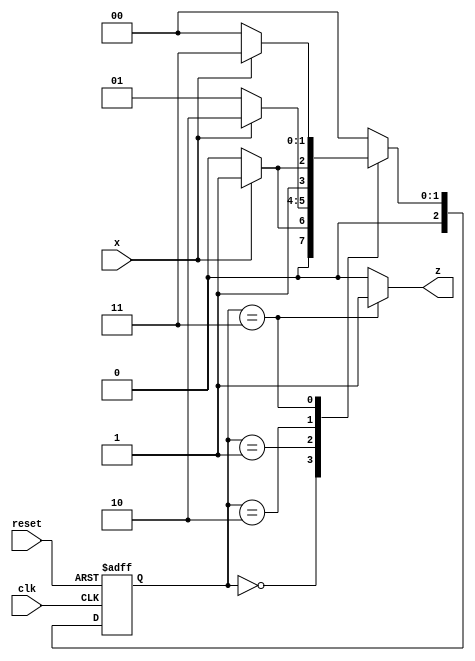
// Code your design here
module seq_detector(
input x,clk,reset,
output reg z
);

parameter S0 = 0 , S1 = 1 , S2 = 2 , S3 = 3 ;
reg [2:0] PS,NS ;

always @(posedge clk or posedge reset)
    begin
        if(reset)
            PS <= S0;   
        else    
            PS <= NS ; 
    end
always @(PS, x)
begin          
case(PS)
            S0 : begin
                        NS = x ? S1 : S0 ;
                        $display(PS);
                    end
            S1 : begin 
                        NS = x ? S2 : S1 ;
                        $display(PS);
                    end
            S2 : begin 
                        NS = x ? S3 : S2 ;
                        $display(PS);
                    end 
            S3 : begin 
                        NS = x ? S3 : S0 ;
                        $display(PS);
                    end
           
            default: NS = S0; 
        endcase
    end
always @(PS)
begin
  case(PS)
    S3: z = 1;
    default: z = 0;
  endcase 
end 
endmodule